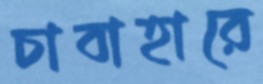
চাবাহারে